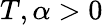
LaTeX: T,\alpha>0